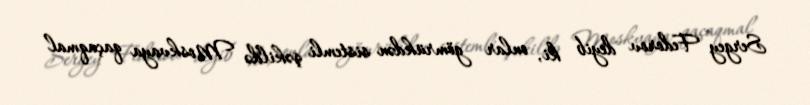
Sergey Fedorov deyib ki, onlar gömrükdən sistemli şəkildə Moskvaya qaçaqmal